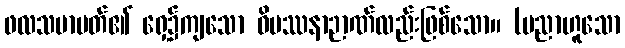
ဖလသမာပတ်၏ ရှေ့၌ကျသော ဝိပဿနာဉာဏ်လည်းဖြစ်သော။ (ပညာဟူသော